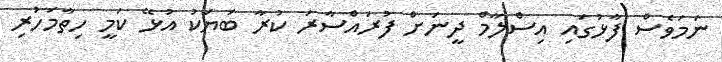
ނަމަވެސް ފާޅުގައި އިސްލާމް ދީނަށް ފުރައްސާރަ ކުރާ ބަޔަކު އުޅޭ ކަމީ ހިތާމަހުރި